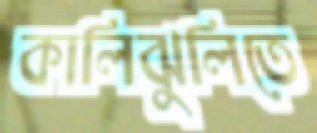
কালিঝুলিতে